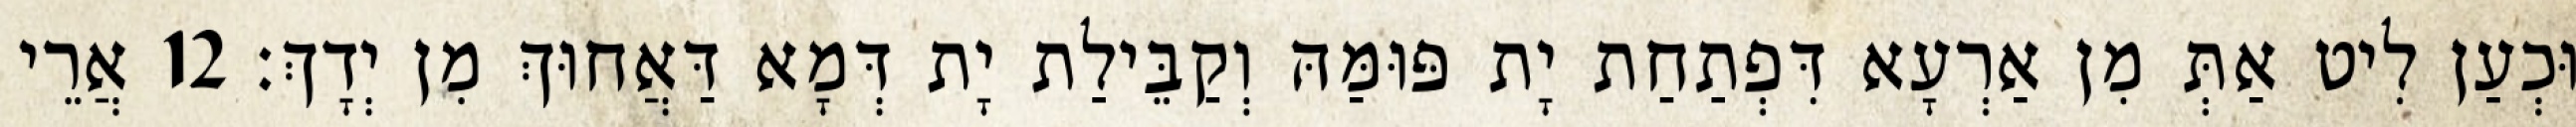
וּכְעַן לִיט אַתְּ מִן אַרְעָא דִּפְתַחַת יָת פּוּמַּהּ וְקַבֵּילַת יָת דְּמָא דַּאֲחוּךְ מִן יְדָךְ׃ 12 אֲרֵי